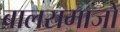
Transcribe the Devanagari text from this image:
बालसमाजों